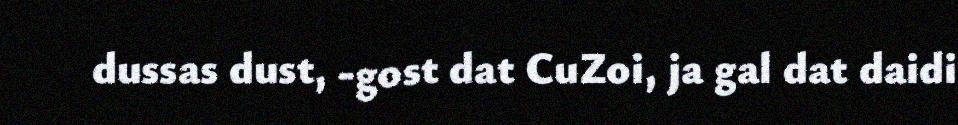
dussas dust, -gost dat CuZoi, ja gal dat daidi